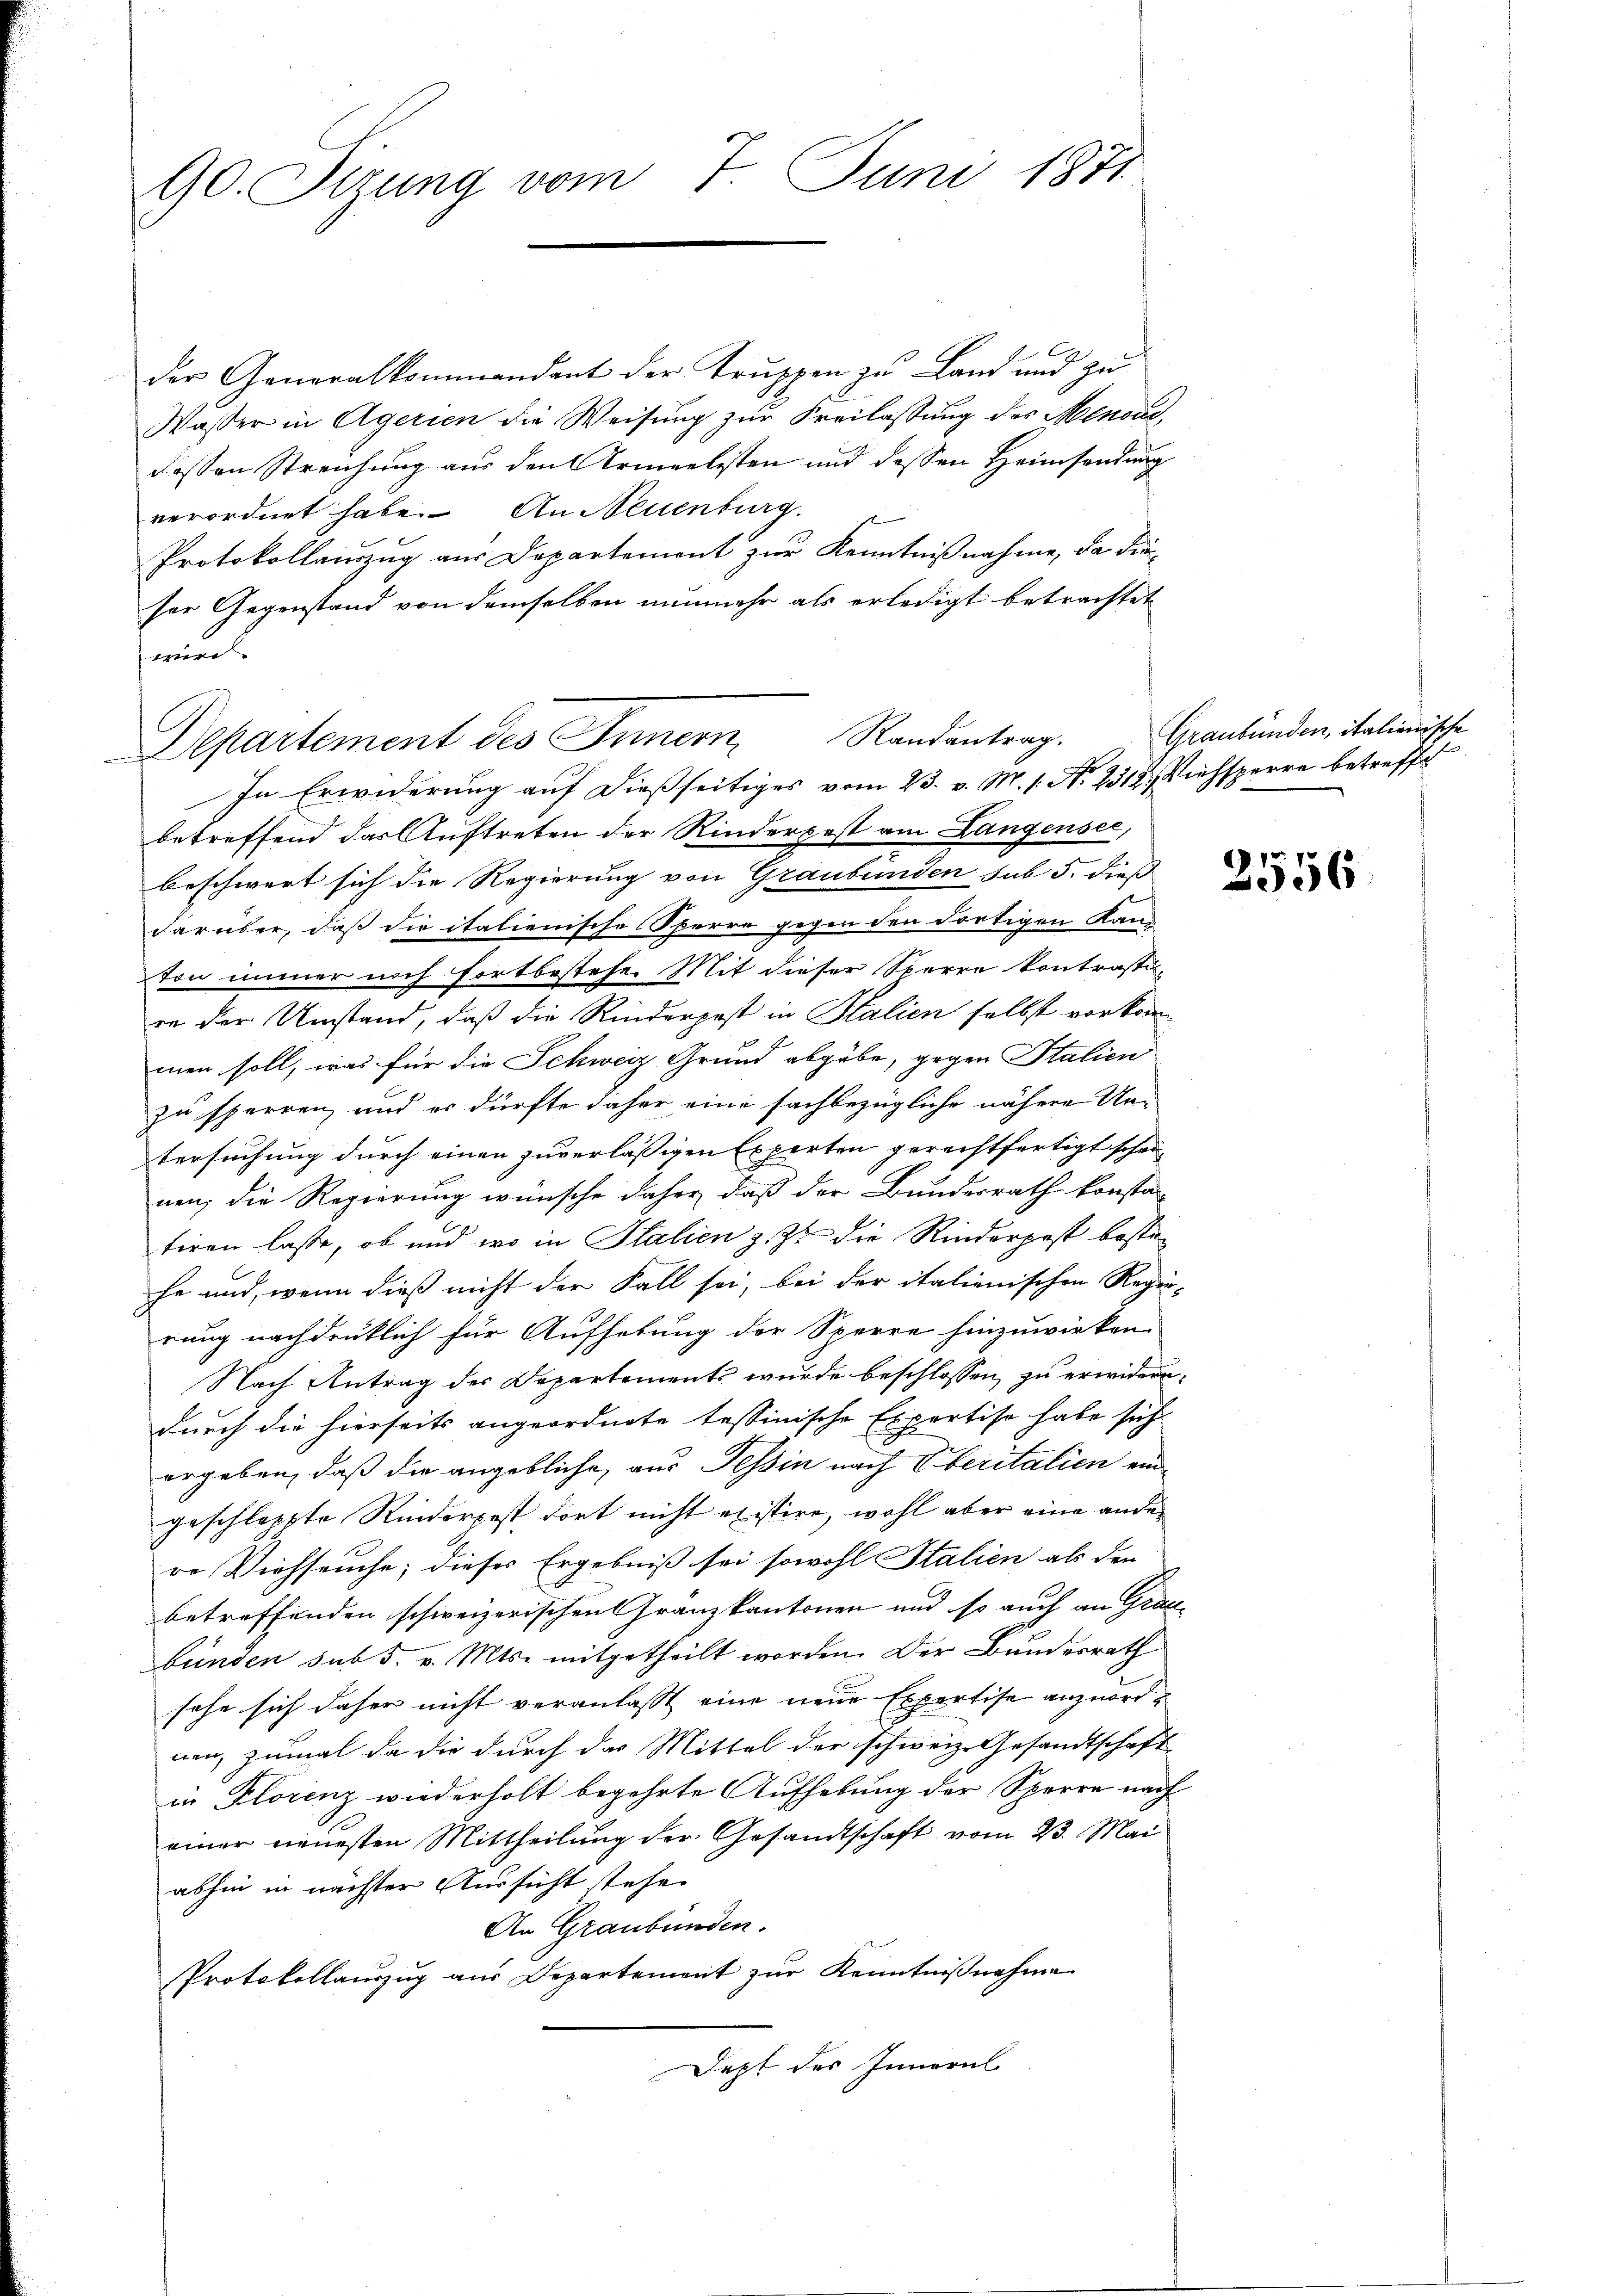
90. Serung vom 7. Juni 1871

Departement des Innern Randantrag.

der Generalkommendant der Truppen zu Land und zu
Wasser in Agerien die Weisung zur Freilassung des Menoud,
dessen Streichung aus den Armeelisten und dessen Heimsendung
verordnet habe. An Neuenburg.
Protokollauszug aus Departement zur Kenntnißnahme, da dieser Gegenstand von demselben nunmehr als erledigt betrachtet
wird.
E
In Erwiderung auf dießseitiges vom 23. v. M. s. N. 2312. Viehsperre betreffe
betreffend das Auftreten der Rinderpost am Langensee,
.
beschwert sich die Regierung von Graubünden sub 5. dieß
darüber, daß die italienische Sperre gegen den dortigen Kan-
ton immer noch fortbestehe. Mit dieser Sperre kontrasti
en der Umstand, daß die Rinderpost in Halien selbst vorkom-
men soll, was für die Schweiz Grund abgäbe, gegen Stalien
zu sperren, und es dürfte daher eine sachbezügliche nähere Untersuchung durch einen zuverlässigen Experten gerechtfertigt scheinen; die Regierung wünsche daher, daß der Bundesrath konsta
tiren lasse, ob und wo in Italien z. Zt. die Rinderpost beste
he und, wenn dieß nicht der Fall sei, bei der italienischen Rege
rung nachdenklich für Aufhebung der Sperre hinzuwirken.
Nach Antrag des Departements wurde beschlossen, zu erwiderr
durch die hierseits angeordnete tessinische Expertise habe sich
ergeben, daß die angebliche, aus Tessin nach Eberitalien ein-
geschleppte Riederpest dort nicht existire, wohl aber eine ander
re Viehseuche; dieses Ergebniß sei sowohl Stalien als den
betreffenden schweizerischen Franzkantonen und so auch an Gra
bünden sub 5. v. Mts. mitgetheilt worden. Der Bundesrath
sehe sich daher nicht veranlasst eine neue Expertise anzuordnen, zumal da die durch das Mittel der schweiz. Gesandtschaft
in Klorenz wiederholt begehrte Aufhebung der Sperre nach
einer neuesten Mittheilung der Gesandtschaft vom 23. Mai
abhin in nächster Aussicht stehe.
An Graubünden.
Protokollauszug aus Departement zŭr Kenntniβnahme
Dezt des Innerel

Graubünden, italienische

2556